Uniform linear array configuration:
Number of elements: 64
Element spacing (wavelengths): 0.5
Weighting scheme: kaiser
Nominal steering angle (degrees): -30
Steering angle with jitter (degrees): -29.423
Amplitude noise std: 0.05
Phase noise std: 0.05

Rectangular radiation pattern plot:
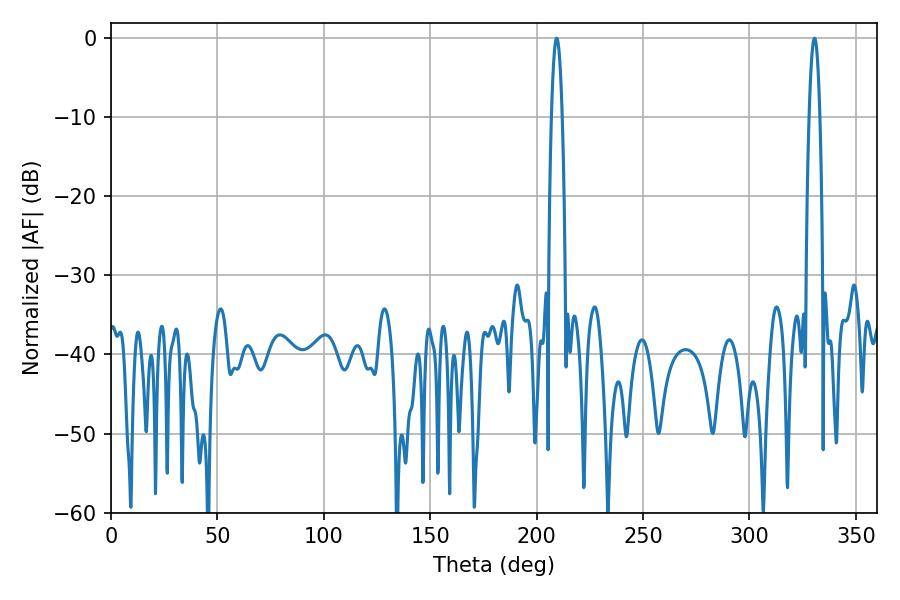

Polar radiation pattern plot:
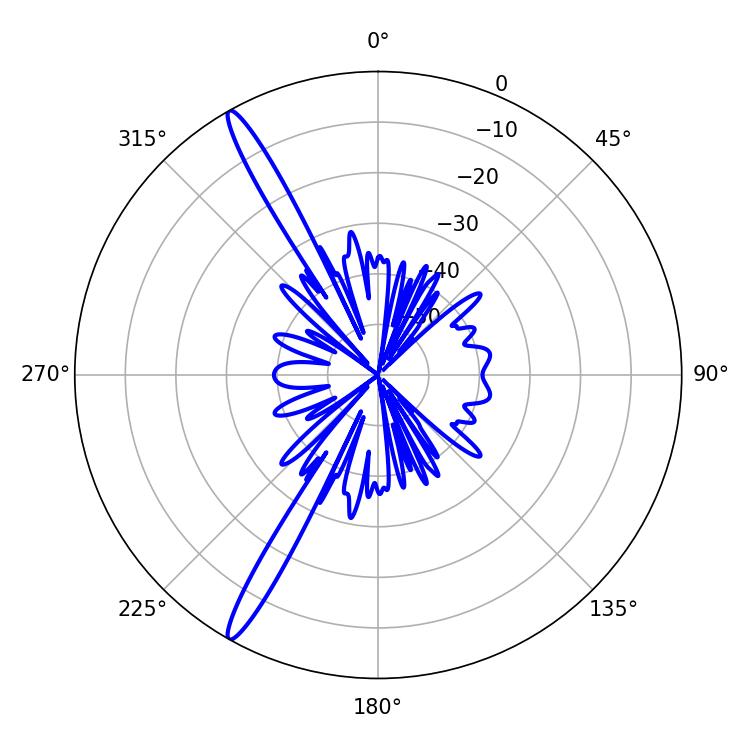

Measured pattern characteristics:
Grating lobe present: FALSE
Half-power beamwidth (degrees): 2.7
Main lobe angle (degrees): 209.34